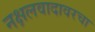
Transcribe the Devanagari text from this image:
नक्षलवादावरचा